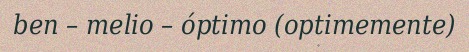
ben – melio – óptimo (optimemente)